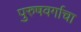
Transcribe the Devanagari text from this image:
पुरुषवर्गाचा